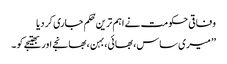
وفاقی حکومت نے اہم ترین حُکم جاری کر دیا
’’ میری ساس، بھائی،بہن ،بھانجے اور بھتیجے کو ۔